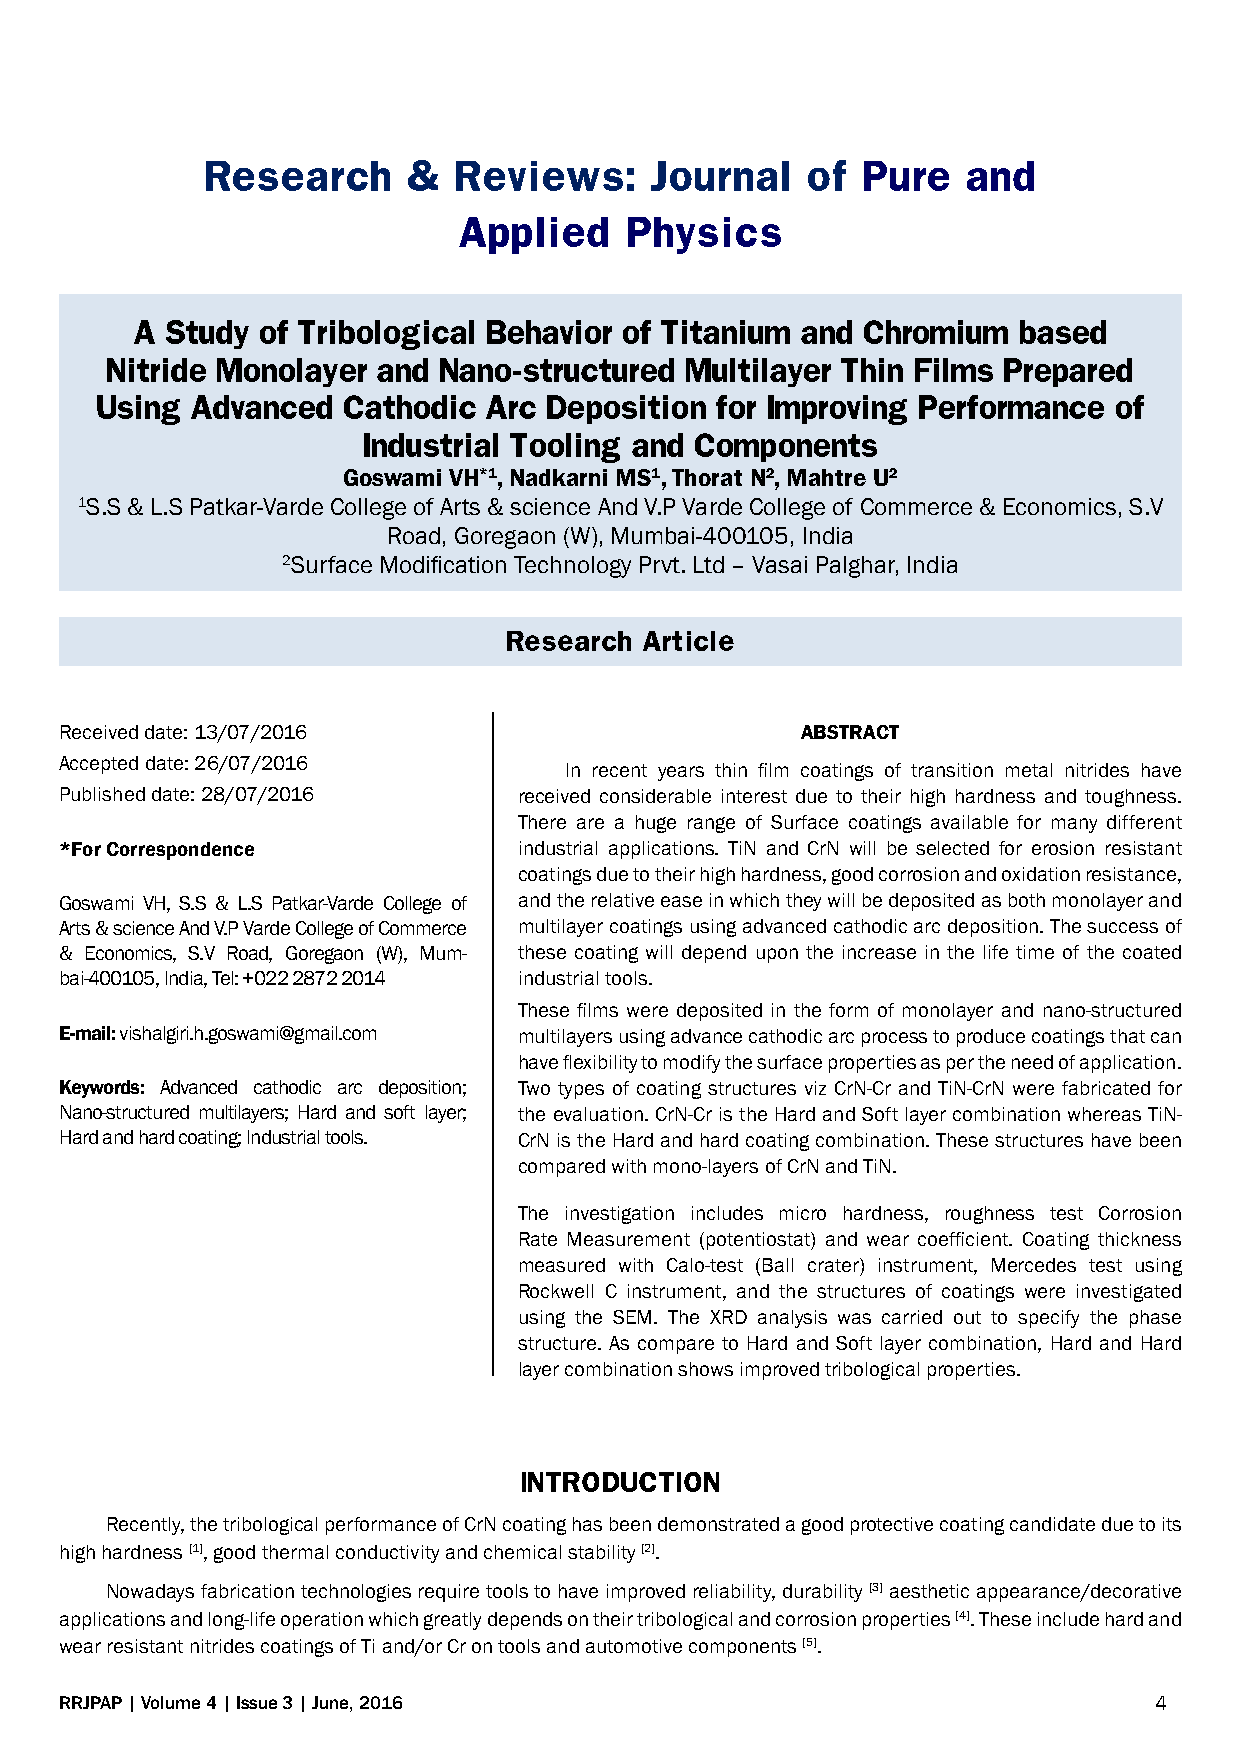
Research      &  Reviews:     Journal   of  Pure   and
 Applied    Physics
 A Study of Tribological Behavior of Titanium and Chromium based
 Nitride Monolayer and Nano-structured Multilayer Thin Films Prepared
 Using  Advanced  Cathodic Arc Deposition for Improving Performance  of
 Industrial Tooling and Components
 Goswami VH*1, Nadkarni MS1, Thorat N2, Mahtre U2
 1S.S & L.S Patkar-Varde College of Arts & science And V.P Varde College of Commerce & Economics, S.V
 Road, Goregaon (W), Mumbai-400105, India
 2Surface Modification Technology Prvt. Ltd – Vasai Palghar, India
 Research Article
 Received date: 13/07/2016                        ABSTRACT
 Accepted date: 26/07/2016
 In recent years thin film coatings of transition metal nitrides have
 Published date: 28/07/2016    received considerable interest due to their high hardness and toughness.
 There are a huge range of Surface coatings available for many different
 *For Correspondence           industrial applications. TiN and CrN will be selected for erosion resistant
 coatings due to their high hardness, good corrosion and oxidation resistance,
 Goswami VH, S.S & L.S Patkar-Varde College of and the relative ease in which they will be deposited as both monolayer and
 Arts & science And V.P Varde College of Commerce multilayer coatings using advanced cathodic arc deposition. The success of
 & Economics, S.V Road, Goregaon (W), Mum- these coating will depend upon the increase in the life time of the coated
 bai-400105, India, Tel: +022 2872 2014 industrial tools.
 These films were deposited in the form of monolayer and nano-structured
 E-mail: vishalgiri.h.goswami@gmail.com multilayers using advance cathodic arc process to produce coatings that can
 have flexibility to modify the surface properties as per the need of application.
 Keywords: Advanced cathodic arc deposition; Two types of coating structures viz CrN-Cr and TiN-CrN were fabricated for
 Nano-structured multilayers; Hard and soft layer; the evaluation. CrN-Cr is the Hard and Soft layer combination whereas TiN-
 Hard and hard coating; Industrial tools. CrN is the Hard and hard coating combination. These structures have been
 compared with mono-layers of CrN and TiN.
 The investigation includes micro hardness, roughness test Corrosion
 Rate Measurement (potentiostat) and wear coefficient. Coating thickness
 measured with Calo-test (Ball crater) instrument, Mercedes test using
 Rockwell C instrument, and the structures of coatings were investigated
 using the SEM. The XRD analysis was carried out to specify the phase
 structure. As compare to Hard and Soft layer combination, Hard and Hard
 layer combination shows improved tribological properties.
 INTRODUCTION
 Recently, the tribological performance of CrN coating has been demonstrated a good protective coating candidate due to its
 high hardness [1], good thermal conductivity and chemical stability [2].
 Nowadays fabrication technologies require tools to have improved reliability, durability [3] aesthetic appearance/decorative
 applications and long-life operation which greatly depends on their tribological and corrosion properties [4]. These include hard and
 wear resistant nitrides coatings of Ti and/or Cr on tools and automotive components [5].
 RRJPAP | Volume 4 | Issue 3 | June, 2016                                4